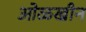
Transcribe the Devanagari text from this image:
ओळखीन